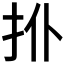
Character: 𢪗